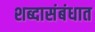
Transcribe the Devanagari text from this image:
शब्दासंबंधात